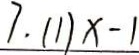
7 . ( 1 ) x - 1